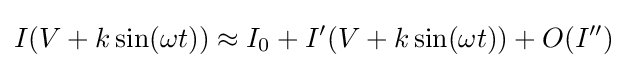
I(V+k\sin(\omega t))\approx I_{0}+I'(V+k\sin(\omega t))+O(I'')